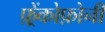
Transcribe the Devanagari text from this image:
फ़्रेंकोफ़ोनी